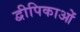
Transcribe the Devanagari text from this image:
द्वीपिकाओं